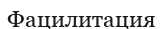
Фацилитация